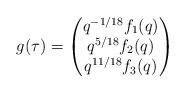
LaTeX: \begin{align*} g(\tau) = \begin{pmatrix} q^{-1/18} f_1 (q) \\ q^{5/18} f_2 (q)\\ q^{11/18} f_3 (q)\\ \end{pmatrix}\end{align*}